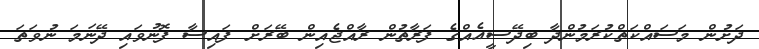
ދަށުން މަސައްކަތްކުރަމުންދާ ބިދޭސީއެއްގެ ފަރާތުން ރާއްޖެއިން ބޭރަށް ފައިސާ ފޮނުވައި ދޭނަމަ ނުވަތަ